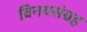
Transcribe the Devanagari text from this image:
विनयसंग्रह